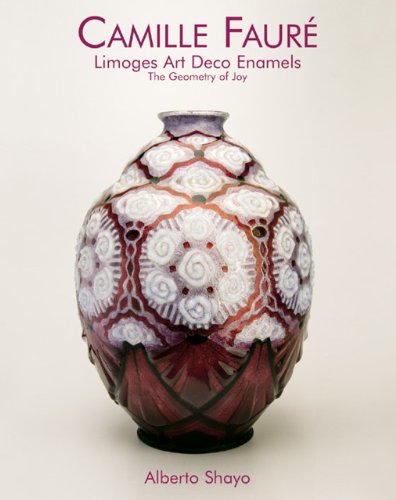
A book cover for Camille Faure: Limoges Art Deco Enamels; Alberto Shayo; Crafts, Hobbies & Home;